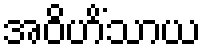
အဝိဟိံသာယ